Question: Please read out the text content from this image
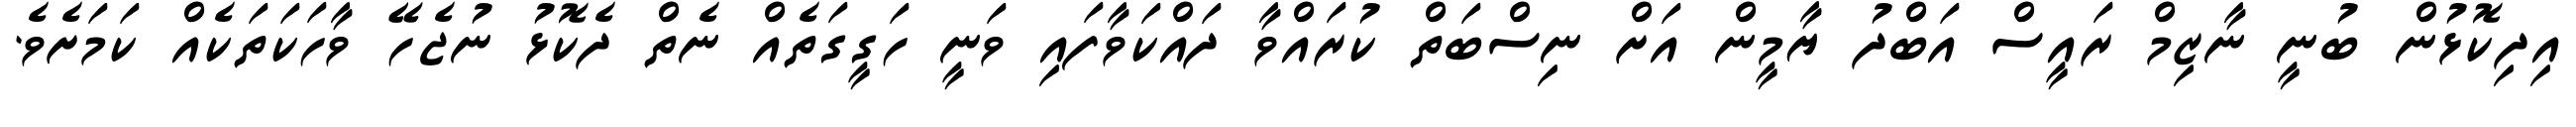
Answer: އިދިކޮޅުން ބުނީ ނާޒިމް ރައީސް އަބްދު ޔާމީން އަށް ނިސްބަތް ކުރައްވާ ދައްކަވާފައި ވަނީ ހަގީގަތެއް ނެތް ދެކޮޅު ނުޖެހޭ ވާހަކަތަކެއް ކަމަށެވެ.